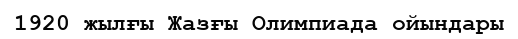
1920 жылғы Жазғы Олимпиада ойындары